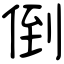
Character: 倒